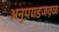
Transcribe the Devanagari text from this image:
अनुपगडजवळ